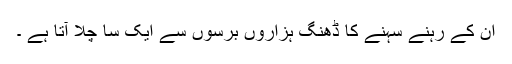
ان کے رہنے سہنے کا ڈھنگ ہزاروں برسوں سے ایک سا چلا آتا ہے ۔